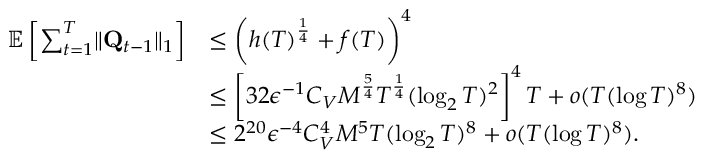
\begin{array} { r l } { \mathbb E \left[ \sum _ { t = 1 } ^ { T } \lVert \mathbf Q _ { t - 1 } \rVert _ { 1 } \right] } & { \le \left( h ( T ) ^ { \frac 1 4 } + f ( T ) \right) ^ { 4 } } \\ & { \le \left[ 3 2 \epsilon ^ { - 1 } C _ { V } M ^ { \frac 5 4 } T ^ { \frac 1 4 } ( \log _ { 2 } T ) ^ { 2 } \right] ^ { 4 } T + o ( T ( \log T ) ^ { 8 } ) } \\ & { \le 2 ^ { 2 0 } \epsilon ^ { - 4 } C _ { V } ^ { 4 } M ^ { 5 } T ( \log _ { 2 } T ) ^ { 8 } + o ( T ( \log T ) ^ { 8 } ) . } \end{array}